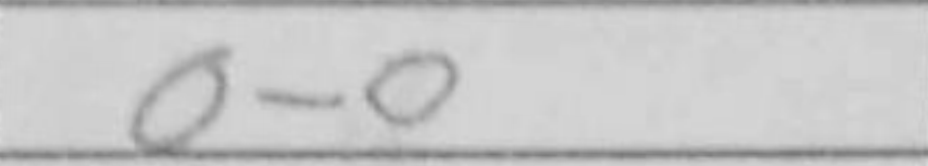
Transcription: O-O